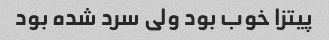
پیتزا خوب بود ولی سرد شده بود